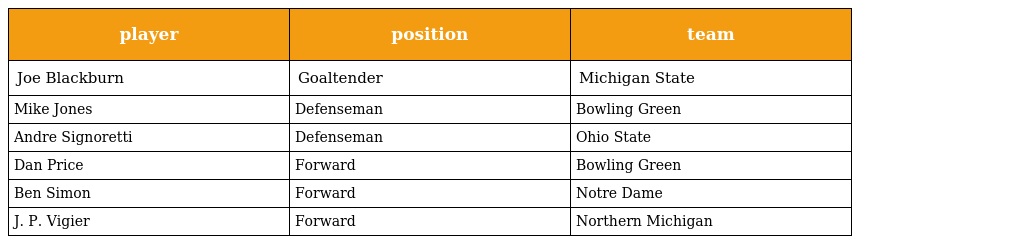
| player | position | team |
 | --- | --- | --- |
 | Joe Blackburn | Goaltender | Michigan State |
 | Mike Jones | Defenseman | Bowling Green |
 | Andre Signoretti | Defenseman | Ohio State |
 | Dan Price | Forward | Bowling Green |
 | Ben Simon | Forward | Notre Dame |
 | J. P. Vigier | Forward | Northern Michigan |